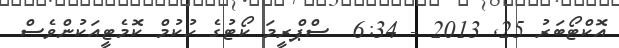
އޮކްޓޯބަރު 25